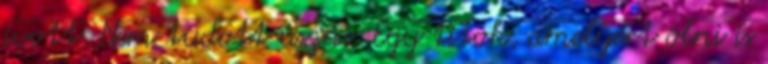
ivott. Nem tudott úszni. Egy titok, amelyért ölni is